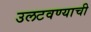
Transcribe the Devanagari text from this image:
उलटवण्याची